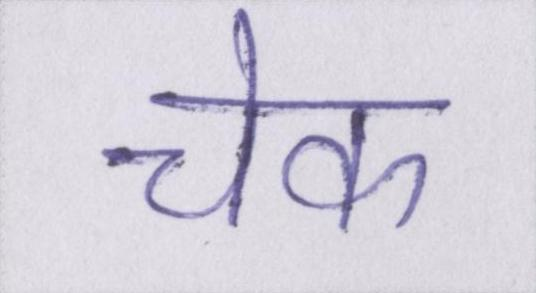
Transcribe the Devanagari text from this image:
चेक